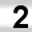
Digit: 2